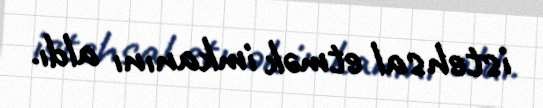
istehsal etmək imkanını aldı.